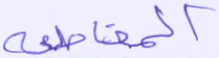
المقاطعة